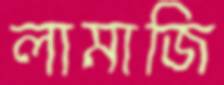
লামাজি